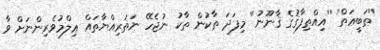
''ޠަބީޢަތް'' ''އިއްތިފާޤުގެ ޤާނޫނު'' މިފަދަ ތާކުން ތާކު ނުޖެހޭ ނަޡަރިއްޔާތައް ޢިލްމުވެރިންނަށް ވާ